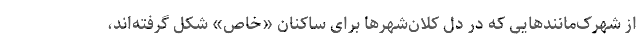
از شهرک‌مانندهایی که در دل کلان‌شهرها برای ساکنان «خاص» شکل گرفته‌اند،